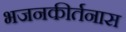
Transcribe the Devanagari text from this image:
भजनकीर्तनास